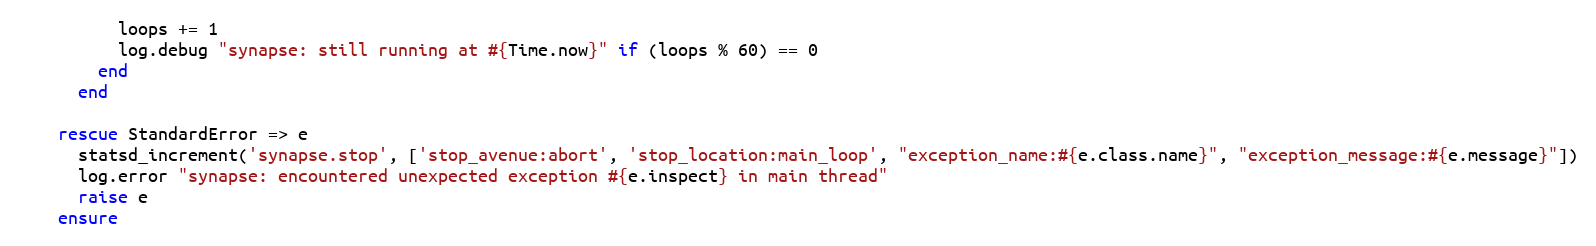
Language: Ruby
          loops += 1
          log.debug "synapse: still running at #{Time.now}" if (loops % 60) == 0
        end
      end

    rescue StandardError => e
      statsd_increment('synapse.stop', ['stop_avenue:abort', 'stop_location:main_loop', "exception_name:#{e.class.name}", "exception_message:#{e.message}"])
      log.error "synapse: encountered unexpected exception #{e.inspect} in main thread"
      raise e
    ensure